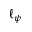
\ell _ { \psi }